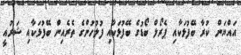
އައްޔަން ކުރާ ބޭފުޅަކާއި ޕެރޯލް ބޯޑުގެ ބޭފުޅަކާއި ފުލުހުންގެ ތެރެއިން ބޭފުޅަކާއި ޝަރުއީ